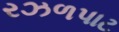
રઝળપાટ